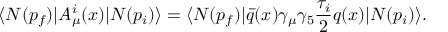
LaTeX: \langle N ( p _ { f } ) | A _ { \mu } ^ { i } ( x ) | N ( p _ { i } ) \rangle = \langle N ( p _ { f } ) | \bar { q } ( x ) \gamma _ { \mu } \gamma _ { 5 } \frac { \tau _ { i } } { 2 } q ( x ) | N ( p _ { i } ) \rangle .